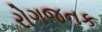
રોગજનક